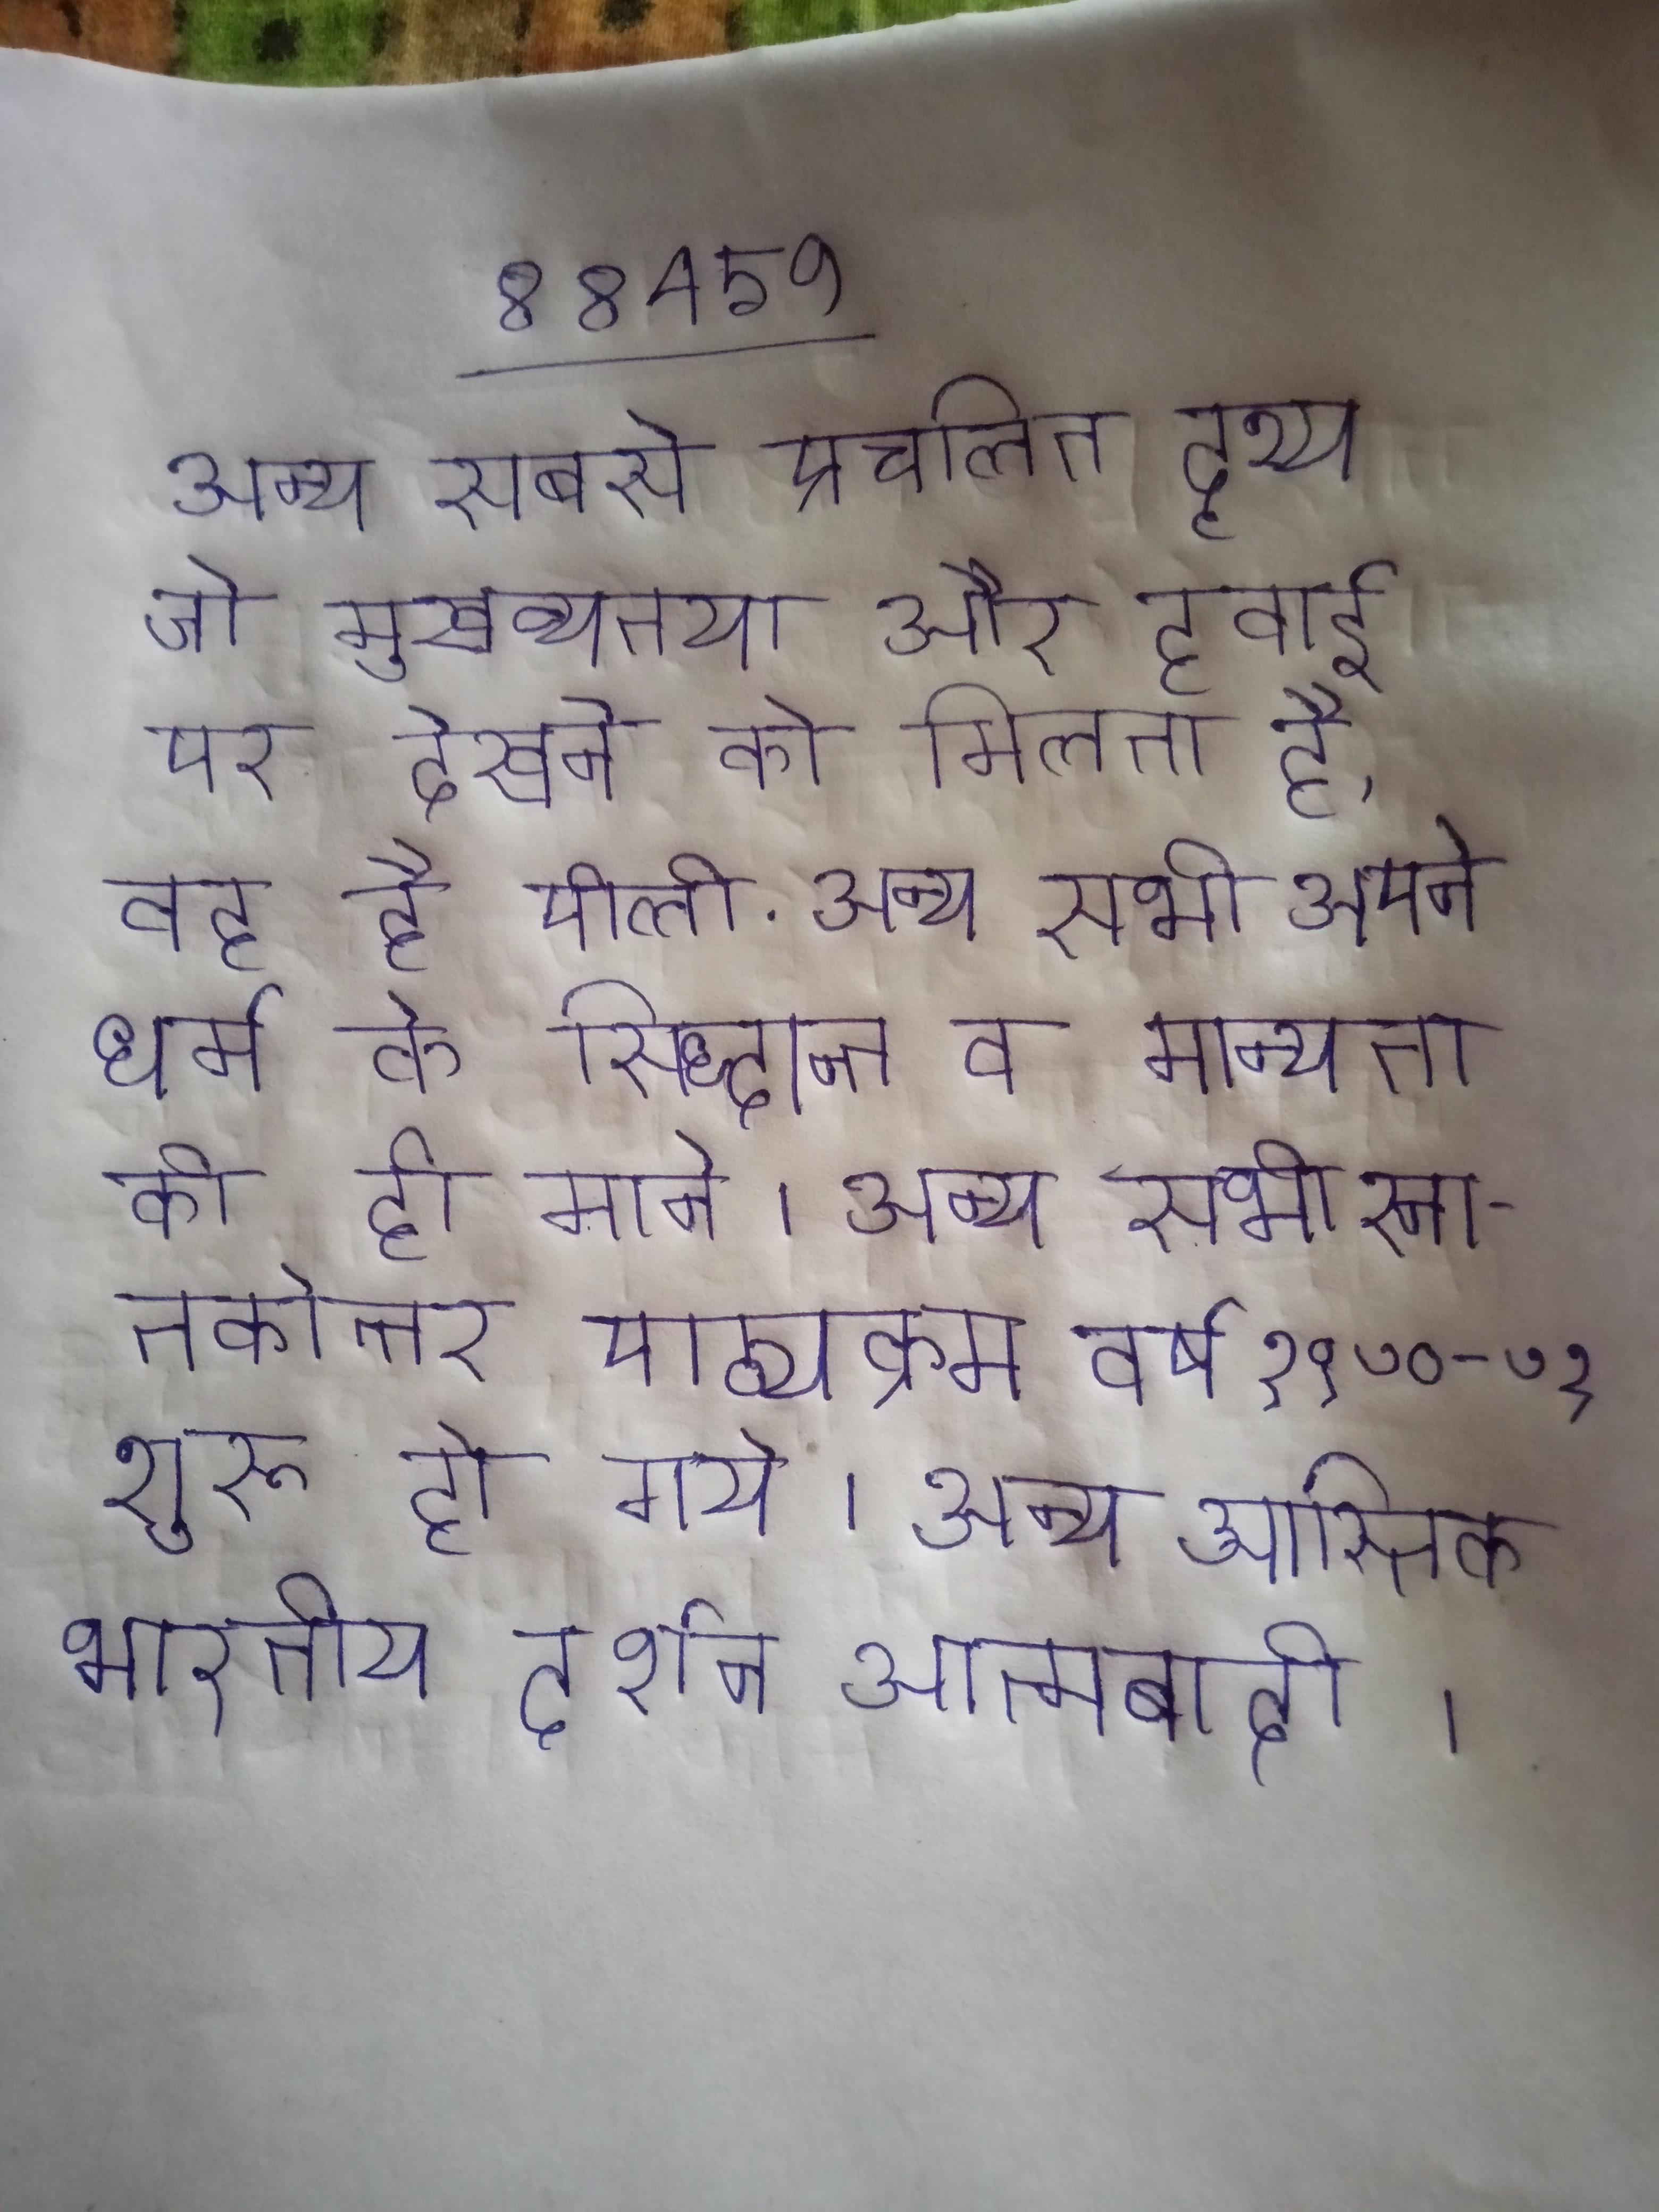
अन्य सबसे प्रचलित दृश्य जो मुख्यतया और हवाई पर देखने को मिलता है, वह है पीली . अन्य सभी अपने धर्म के सिध्दान्त व मान्यता को ही माने । अन्य सभी स्नातकोत्तर पाठ्यक्रम वर्ष १९७०-७१ शुरू हो गये । अन्य सभी आस्तिक भारतीय दर्शन आत्मवादी ।